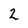
Character: 2